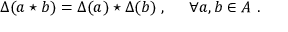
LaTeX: \Delta ( a \star b ) = \Delta ( a ) \star \Delta ( b ) ~ , ~ ~ ~ ~ \forall a , b \in A ~ .